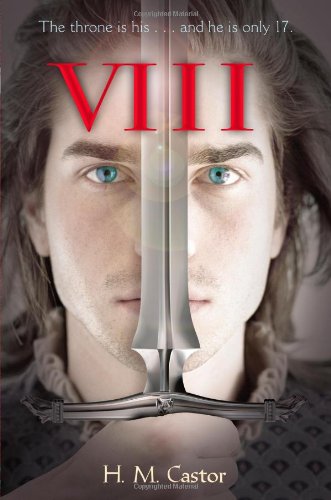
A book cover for VIII; H. M. Castor; Teen & Young Adult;